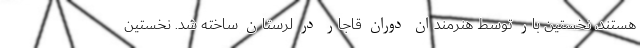
هستند، نخستین بار توسط هنرمندان دوران قاجار در لرستان ساخته شد. نخستین